Annual administration report of the Civil Veterinary Department of India - 1895-1896
Year: 1895
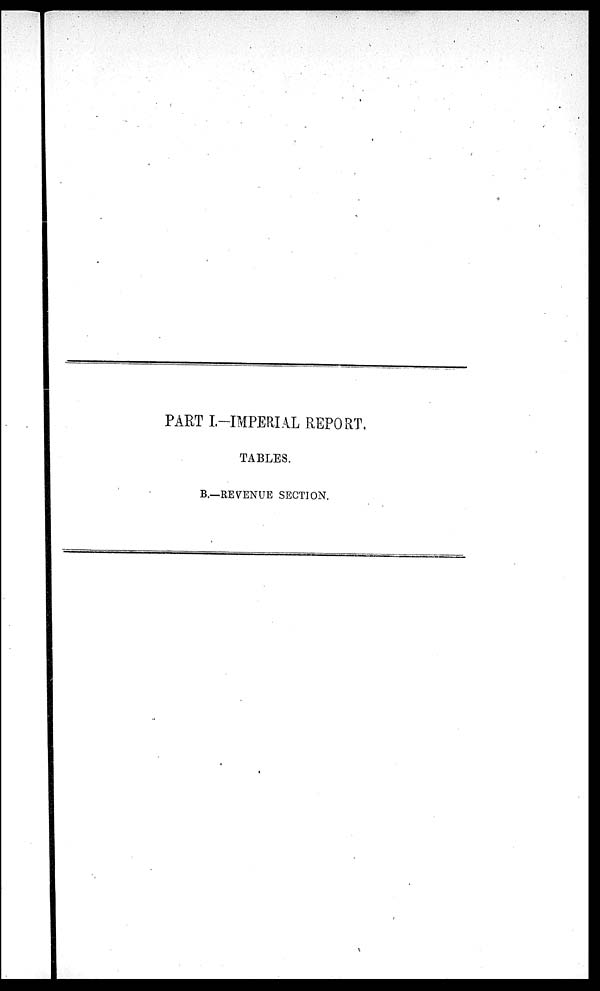
PART I.—IMPERIAL REPORT.
TABLES.
B.—REVENUE SECTION.